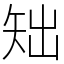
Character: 䂐